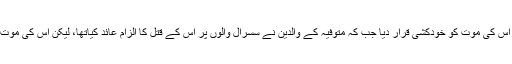
لڑکی کے سسرال والوں نے اس کی موت کو خودکشی قرار دیا جب کہ متوفیہ کے والدین نے سسرال والوں پر اس کے قتل کا الزام عائد کیاتھا، لیکن اس کی موت اب تک معمہ بنی ہوئی ہے۔